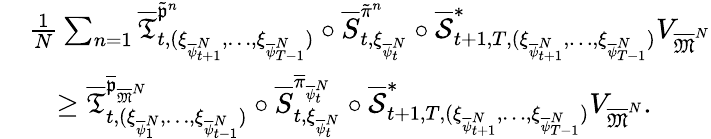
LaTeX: \begin{array}{rl}&{\frac 1N\sum_{n=1}\overline{\mathfrak{T}}_{t,(\xi_{\overline{{\psi}}_{t+1}^{N}},\dots,\xi_{\overline{{\psi}}_{T-1}^{N}})}^{\tilde{\mathfrak{p}}^{n}}\circ\overline{S}_{t,\xi_{\overline{{\psi}}_{t}^{N}}}^{\tilde{\pi}^{n}}\circ\overline{\mathcal{S}}_{t+1,T,(\xi_{\overline{{\psi}}_{t+1}^{N}},\dots,\xi_{\overline{{\psi}}_{T-1}^{N}})}^{*}V_{\overline{\mathfrak{M}}^{N}}}\\ &{\quad\ge\overline{\mathfrak{T}}_{t,(\xi_{\overline{{\psi}}_{1}^{N}},\dots,\xi_{\overline{{\psi}}_{t-1}^{N}})}^{\overline{\mathfrak{p}}_{\overline{\mathfrak{M}}^{N}}}\circ\overline{S}_{t,\xi_{\overline{{\psi}}_{t}^{N}}}^{\overline{\pi}_{\overline{{\psi}}_{t}^{N}}}\circ\overline{{\mathcal{S}}}_{t+1,T,(\xi_{\overline{{\psi}}_{t+1}^{N}},\dots,\xi_{\overline{{\psi}}_{T-1}^{N}})}^{*}V_{\overline{\mathfrak{M}}^{N}}.}\end{array}